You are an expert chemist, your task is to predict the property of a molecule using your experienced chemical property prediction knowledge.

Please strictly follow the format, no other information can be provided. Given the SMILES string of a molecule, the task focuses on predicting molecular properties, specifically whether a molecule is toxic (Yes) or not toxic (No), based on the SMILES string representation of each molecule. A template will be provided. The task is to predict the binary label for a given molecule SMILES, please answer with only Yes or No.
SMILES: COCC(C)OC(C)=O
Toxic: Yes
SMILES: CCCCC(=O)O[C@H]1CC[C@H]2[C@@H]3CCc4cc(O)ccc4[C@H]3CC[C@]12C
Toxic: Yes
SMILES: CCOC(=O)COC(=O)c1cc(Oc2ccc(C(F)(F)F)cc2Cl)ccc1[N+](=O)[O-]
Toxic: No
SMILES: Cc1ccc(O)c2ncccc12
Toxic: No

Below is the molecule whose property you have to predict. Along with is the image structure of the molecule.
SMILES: CCOC(=O)Cn1c(=O)sc2cccc(Cl)c21
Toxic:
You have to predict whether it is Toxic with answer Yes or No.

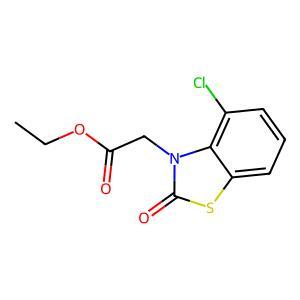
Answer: No